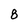
Character: 8